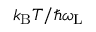
k _ { \mathrm { B } } T / \hbar \omega _ { \mathrm { L } }